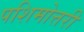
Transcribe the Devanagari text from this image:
पशिमोत्तरी